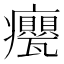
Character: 𭼹